Senior Leaving Certificate Examination (including Day School Certificate (Higher) General paper), 1950
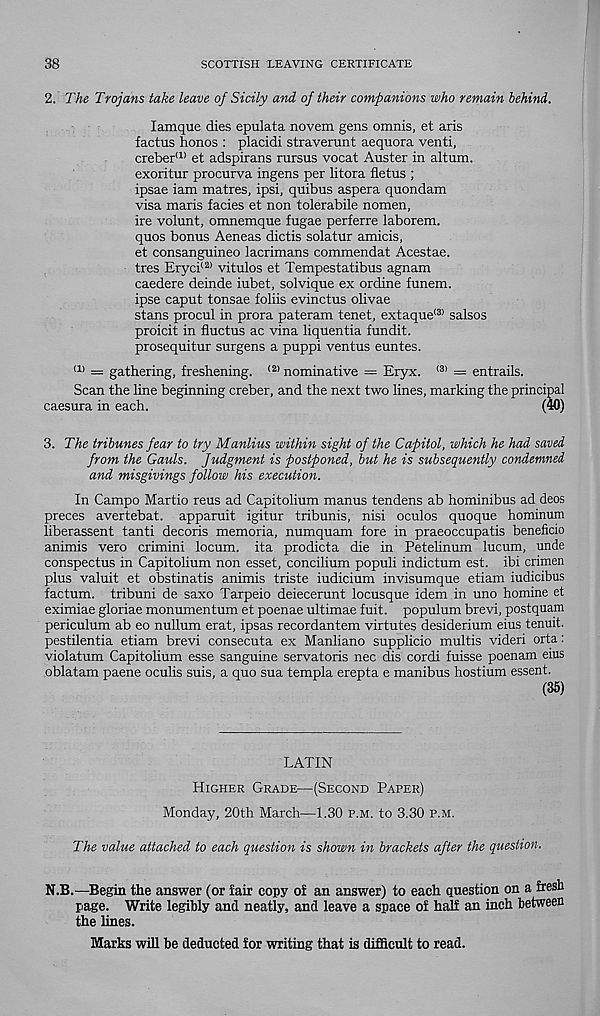
38
SCOTTISH LEAVING CERTIFICATE
2. The Trojans take leave of Sicily and of their companions who remain behind.
lamque dies epulata novem gens omnis, et aris
factus honos : placidi straverunt aequora venti,
creber (1> et adspirans rursus vocat Auster in altum.
exoritur procurva ingens per litora fletus ;
ipsae iam matres, ipsi, quibus aspera quondam
visa maris facies et non tolerabile nomen,
ire volunt, omnemque fugae perferre laborem.
quos bonus Aeneas dictis solatur amicis,
et consanguineo lacrimans commendat Acestae.
tres Eryci (2) vitulos et Tempestatibus agnam
caedere deinde iubet, solvique ex ordine funem.
ipse caput tonsae folds evinctus olivae
stans procul in prora pateram tenet, extaque (3) salsos
proicit in fluctus ac vina liquentia fundit.
prosequitur surgens a puppi ventus euntes.
(1 > = gathering, freshening. <2> nominative = Eryx. (3) = entrails.
Scan the line beginning creber, and the next two lines, marking the principal
caesura in each.
(40)
3. The tribunes fear to try Manlius within sight of the Capitol, which he had saved
from the Gauls. Judgment is postponed, but he is subsequently condemned
and misgivings follow his execution.
In Campo Martio reus ad Capitolium manus tendens ab hominibus ad deos
preces avertebat. apparuit igitur tribunis, nisi oculos quoque hominum
liberassent tanti decoris memoria, numquam fore in praeoccupatis beneficio
animis vero crimini locum, ita prodicta die in Petelinum lucum, unde
conspectus in Capitolium non esset, concilium populi indictum est. ibi crimen
plus valuit et obstinatis animis triste iudicium invisumque etiam iudicibus
factum, tribuni de saxo Tarpeio deiecerunt locusque idem in uno homine et
eximiae gloriae monumentum et poenae ultimae fuit. populum brevi, postquam
periculum ab eo nullum erat, ipsas recordantem virtutes desiderium eius tenuit.
pestilentia etiam brevi consecuta ex Manliano supplicio multis videri orta:
violatum Capitolium esse sanguine servatoris nec dis cordi fuisse poenam eius
oblatam paene oculis suis, a quo sua templa erepta e manibus hostium essent.
(35)
LATIN
Higher Grade—(Second Paper)
Monday, 20th March—1.30 p.m. to 3.30 p.m.
The value attached to each question is shown in brackets after the question.
N.B.—Begin the answer (or fair copy of an answer) to each question on a fresh
page. Write legibly and neatly, and leave a space of half an inch between
the lines.
Marks will be deducted for writing that is difficult to read.